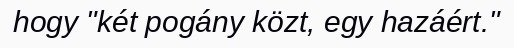
hogy "két pogány közt, egy hazáért."